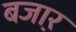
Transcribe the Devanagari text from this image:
बजा़र